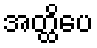
အတ္ထိပေ